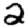
Digit: 2